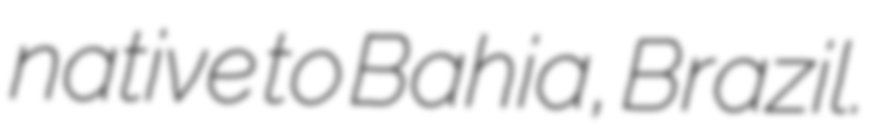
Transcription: native to Bahia, Brazil.